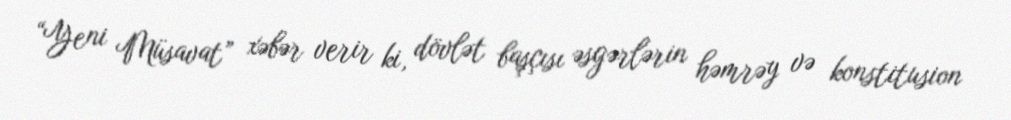
“Yeni Müsavat” xəbər verir ki, dövlət başçısı əsgərlərin həmrəy və konstitusion